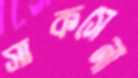
সাকসেনা